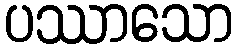
ပဿာသော